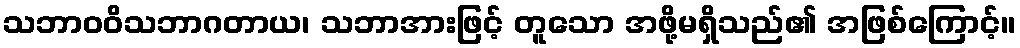
သဘာဝဝိသဘာဂတာယ၊ သဘာအားဖြင့် တူသော အဖို့မရှိသည်၏ အဖြစ်ကြောင့်။